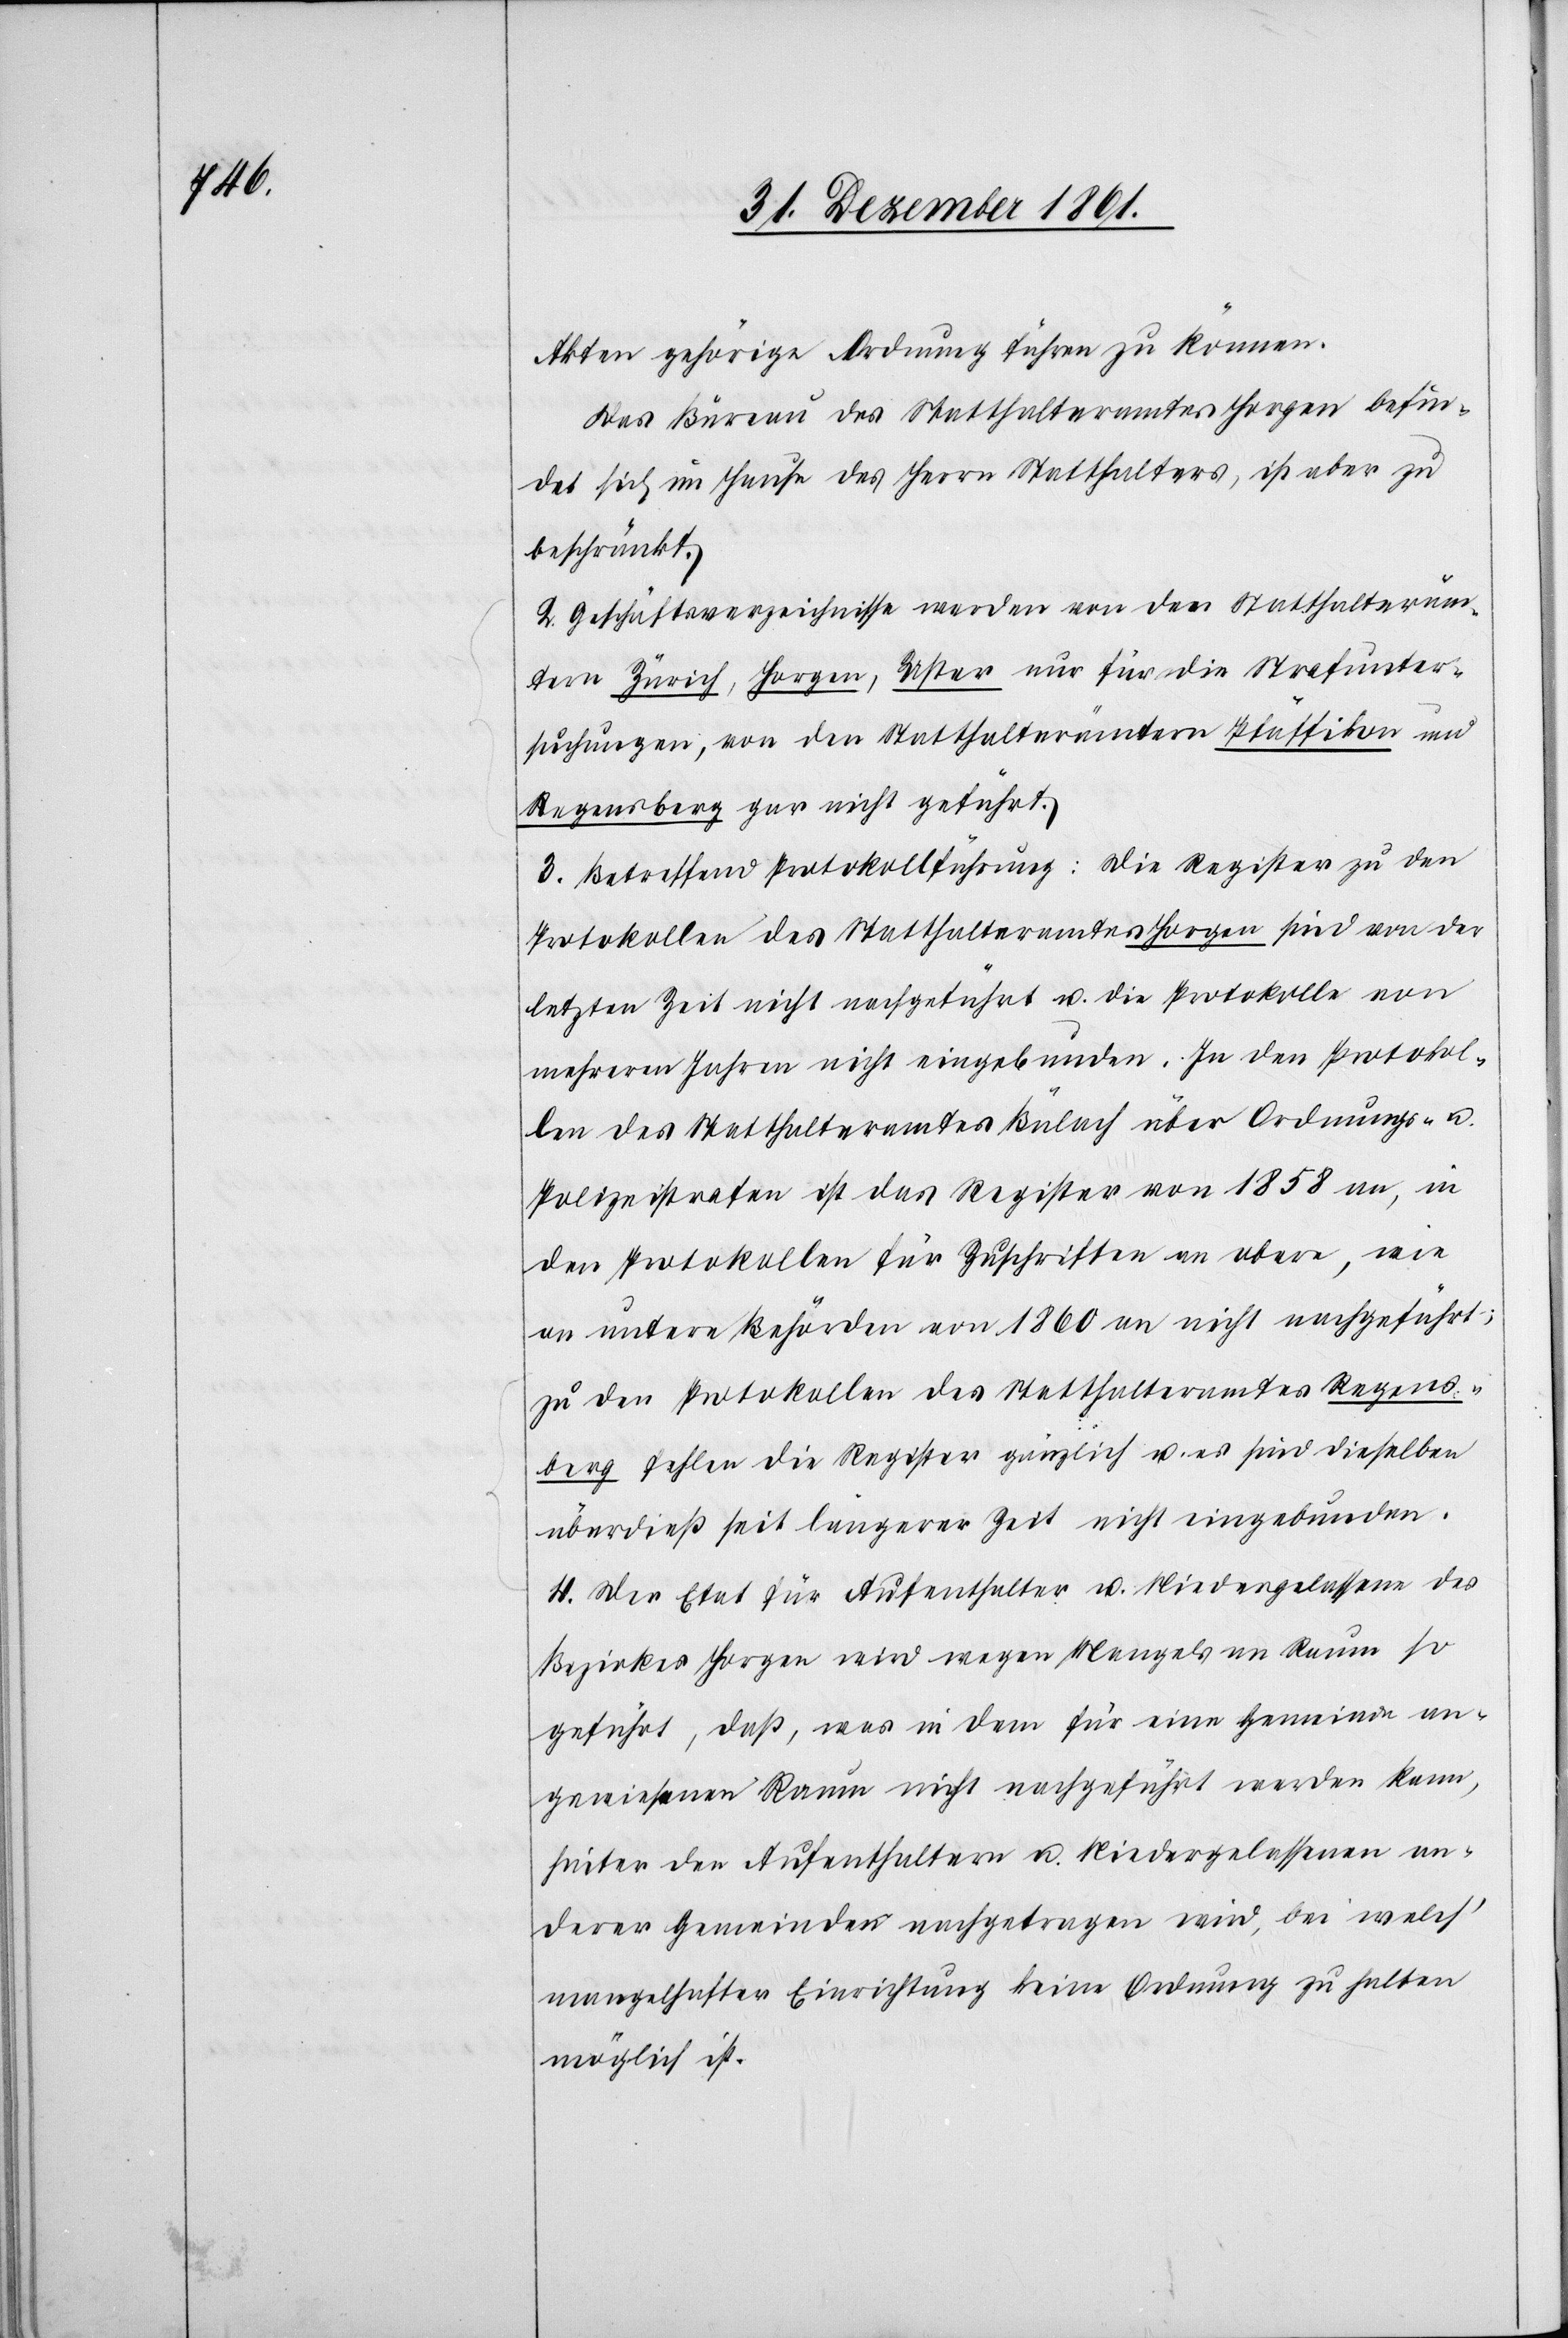
Akten gehörige Ordnung führen zu können.
Das Büreau des Statthalteramtes Horgen befin¬
det sich im Hause des Herrn Statthalters, ist aber zu
beschränkt.
2. Geschäftsverzeichnisse werden von den Statthalteräm¬
tern Zürich, Horgen, Uster nur für die Strafunter¬
suchungen, von den Statthalterämtern Pfäffikon und
Regensberg gar nicht geführt.
3. Betreffend Protokollführung: Die Register zu den
Protokollen des Statthalteramtes Horgen sind von der
letzten Zeit nicht nachgeführt u. die Protokolle von
mehreren Jahren nicht eingebunden. In den Protokol¬
len des Statthalteramtes Bülach über Ordnungs- u.
Polizeistrafen ist das Register von 1858 an, in
den Protokollen für Zuschriften an obere, wie
an untere Behörden von 1860 an nicht nachgeführt;
zu den Protokollen des Statthalteramtes Regens¬
berg fehlen die Register gänzlich u. es sind dieselben
überdieß seit längerer Zeit nicht eingebunden.
4. Der Etat für Aufenthalter u. Niedergelassene des
Bezirkes Horgen wird wegen Mangels an Raum so
geführt, daß, was in dem für eine Gemeinde an¬
gewiesenen Raum nicht nachgeführt werden kann,
hinter den Aufenthaltern u. Niedergelassenen an¬
derer Gemeinden nachgetragen wird, bei welch’
mangelhafter Einrichtung keine Ordnung zu halten
möglich ist.